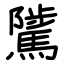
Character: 騭